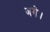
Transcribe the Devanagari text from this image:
जगे।